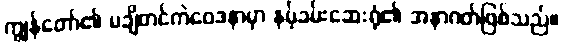
ကျွန်တော်၏ မချိတင်ကဲဝေဒနာမှာ နမ့်ခမ်းဆေးရုံ၏ အနာဂတ်ဖြစ်သည်။